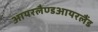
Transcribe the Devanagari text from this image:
आयरलैण्डआयरलैंड